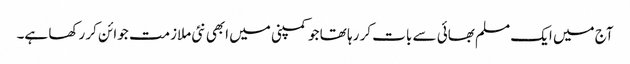
آج میں ایک مسلم بھائی سے بات کر رہا تھا جو کمپنی میں ابھی نئی ملازمت جوائن کر رکھا ہے۔